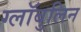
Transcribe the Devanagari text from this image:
ग्लॉबुलिन